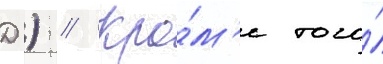
Д.) // Кро́м'е того́